Document type: Grant
Year: 1301
Scribe: Berenguer de Terrassa
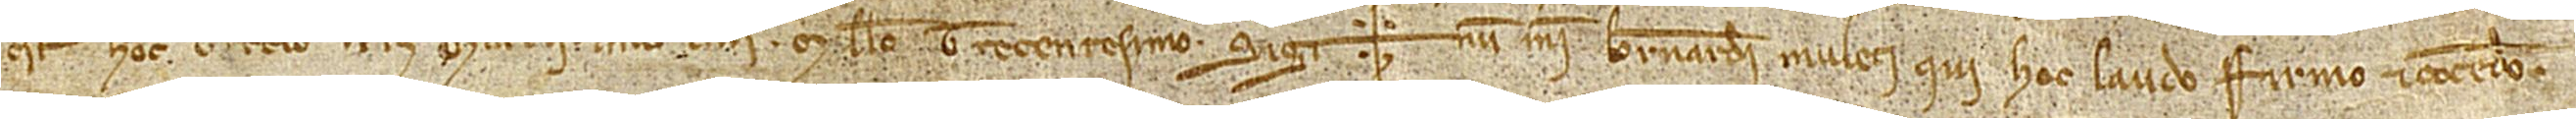
est hoc tercio kalendas marcii, anno Domini millesimo trecentesimo.  Sig+num mei Bernardi Muleti, qui hoc laudo, firmo et concedo.